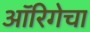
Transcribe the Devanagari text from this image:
ऑरिगेचा